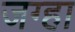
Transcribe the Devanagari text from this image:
जग्हा